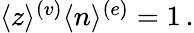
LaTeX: \begin{array}{r}{\langle z\rangle^{(v)}\langle n\rangle^{(e)}=1\, .}\end{array}